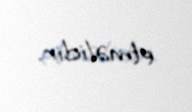
etməlidir.